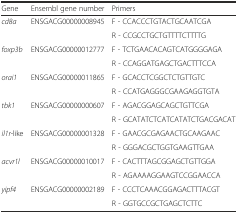
<table><thead><tr><td><b>Gene</b></td><td><b>Ensembl gene number</b></td><td><b>Primers</b></td></tr></thead><tbody><tr><td rowspan="2"><i>cd8a</i></td><td rowspan="2">ENSGACG00000008945</td><td>F - CCACCCTGTACTGCAATCGA</td></tr><tr><td>R - CCGCCTGCTGTTTTCTTTTG</td></tr><tr><td rowspan="2"><i>foxp3b</i></td><td rowspan="2">ENSGACG00000012777</td><td>F - TCTGAACACAGTCATGGGGAGA</td></tr><tr><td>R - CCAGGATGAGCTGACTTTCCA</td></tr><tr><td rowspan="2"><i>orai1</i></td><td rowspan="2">ENSGACG00000011865</td><td>F - GCACCTCGGCTCTGTTGTC</td></tr><tr><td>R - CCATGAGGGCGAAGAGGTGTA</td></tr><tr><td rowspan="2"><i>tbk1</i></td><td rowspan="2">ENSGACG00000000607</td><td>F - AGACGGAGCAGCTGTTCGA</td></tr><tr><td>R - GCATATCTCATCATATCTGACGACAT</td></tr><tr><td rowspan="2"><i>il1r</i>-like</td><td rowspan="2">ENSGACG00000001328</td><td>F - GAACGCGAGAACTGCAAGAAC</td></tr><tr><td>R - GGGACGCTGGTGAAGTTGAA</td></tr><tr><td rowspan="2"><i>acvr1l</i></td><td rowspan="2">ENSGACG00000010017</td><td>F - CACTTTAGCGGAGCTGTTGGA</td></tr><tr><td>R - AGAAAAGGAAGTCCGGAACCA</td></tr><tr><td rowspan="2"><i>yipf4</i></td><td rowspan="2">ENSGACG00000002189</td><td>F - CCCTCAAACGGAGACTTTACGT</td></tr><tr><td>R - GGTGCCGCTGAGCTCTTC</td></tr></tbody></table>